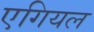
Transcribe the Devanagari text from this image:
एगियल